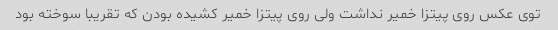
توی عکس روی پیتزا خمیر نداشت ولی روی پیتزا خمیر کشیده بودن که تقریبا سوخته بود